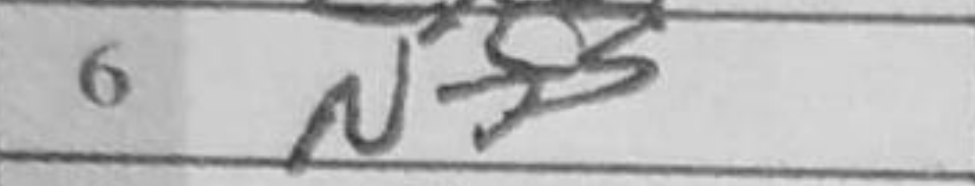
Transcription: Nf5